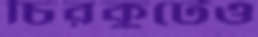
চিরকুটেও